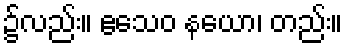
၌လည်း။ ဧသေဝ နယော၊ တည်း။